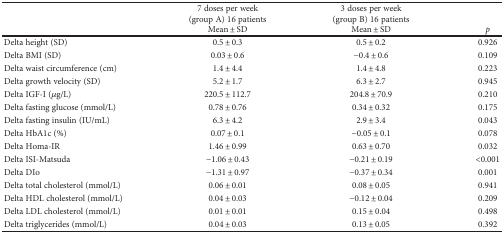
<table><thead><tr><td rowspan="2"></td><td><b>7 doses per week(group A) 16 patients</b></td><td><b>3 doses per week(group B) 16 patients</b></td><td></td></tr><tr><td><b>Mean ± SD</b></td><td><b>Mean ± SD</b></td><td><b><i>p</i></b></td></tr></thead><tbody><tr><td>Delta height (SD)</td><td>0.5 ± 0.3</td><td>0.5 ± 0.2</td><td>0.926</td></tr><tr><td>Delta BMI (SD)</td><td>0.03 ± 0.6</td><td>−0.4 ± 0.6</td><td>0.109</td></tr><tr><td>Delta waist circumference (cm)</td><td>1.4 ± 4.4</td><td>1.4 ± 4.8</td><td>0.223</td></tr><tr><td>Delta growth velocity (SD)</td><td>5.2 ± 1.7</td><td>6.3 ± 2.7</td><td>0.945</td></tr><tr><td>Delta IGF-I (<i>μ</i>g/L)</td><td>220.5 ± 112.7</td><td>204.8 ± 70.9</td><td>0.210</td></tr><tr><td>Delta fasting glucose (mmol/L)</td><td>0.78 ± 0.76</td><td>0.34 ± 0.32</td><td>0.175</td></tr><tr><td>Delta fasting insulin (IU/mL)</td><td>6.3 ± 4.2</td><td>2.9 ± 3.4</td><td>0.043</td></tr><tr><td>Delta HbA1c (%)</td><td>0.07 ± 0.1</td><td>−0.05 ± 0.1</td><td>0.078</td></tr><tr><td>Delta Homa-IR</td><td>1.46 ± 0.99</td><td>0.63 ± 0.70</td><td>0.032</td></tr><tr><td>Delta ISI-Matsuda</td><td>−1.06 ± 0.43</td><td>−0.21 ± 0.19</td><td>&lt;0.001</td></tr><tr><td>Delta DIo</td><td>−1.31 ± 0.97</td><td>−0.37 ± 0.34</td><td>0.001</td></tr><tr><td>Delta total cholesterol (mmol/L)</td><td>0.06 ± 0.01</td><td>0.08 ± 0.05</td><td>0.941</td></tr><tr><td>Delta HDL cholesterol (mmol/L)</td><td>0.04 ± 0.03</td><td>−0.12 ± 0.04</td><td>0.209</td></tr><tr><td>Delta LDL cholesterol (mmol/L)</td><td>0.01 ± 0.01</td><td>0.15 ± 0.04</td><td>0.498</td></tr><tr><td>Delta triglycerides (mmol/L)</td><td>0.04 ± 0.03</td><td>0.13 ± 0.05</td><td>0.392</td></tr></tbody></table>